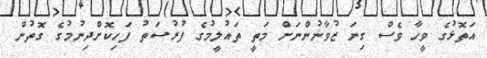
އަތޮޅުގެ ވީހާ ވެސް ގިނަ ޒުވާނުންނަށް މަތީ ތައުލީމުގެ ފުރުސަތު ފަހިކޮށްދިނުމުގެ ގޮތުން